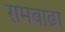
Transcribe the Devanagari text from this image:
रामबाढ़ा